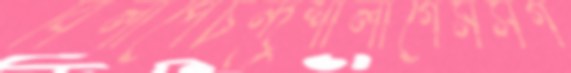
বিলাপেচন্দ্রশালাগেমসগ